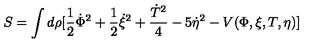
S = \int d \rho [ \frac { 1 } { 2 } \dot { \Phi } ^ { 2 } + \frac { 1 } { 2 } \dot { \xi } ^ { 2 } + \frac { \dot { T } ^ { 2 } } { 4 } - 5 \dot { \eta } ^ { 2 } - V ( \Phi , \xi , T , \eta ) ]